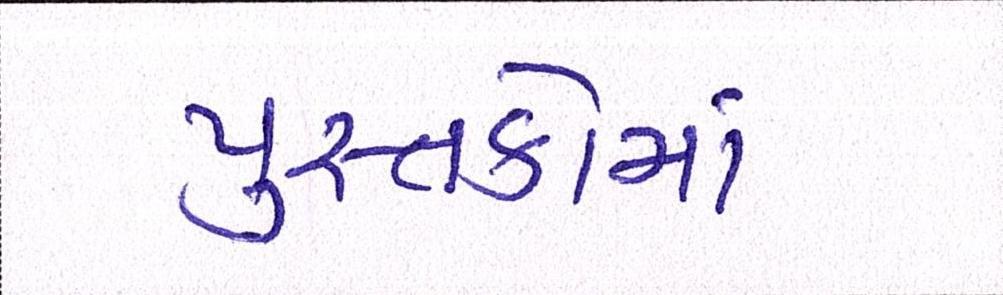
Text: પુસ્તકોમાં